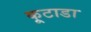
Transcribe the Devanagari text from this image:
कूटाडा